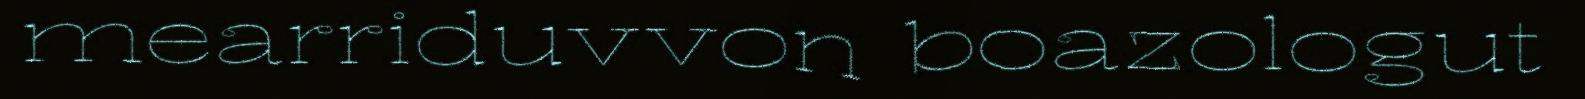
mearriduvvon boazologut